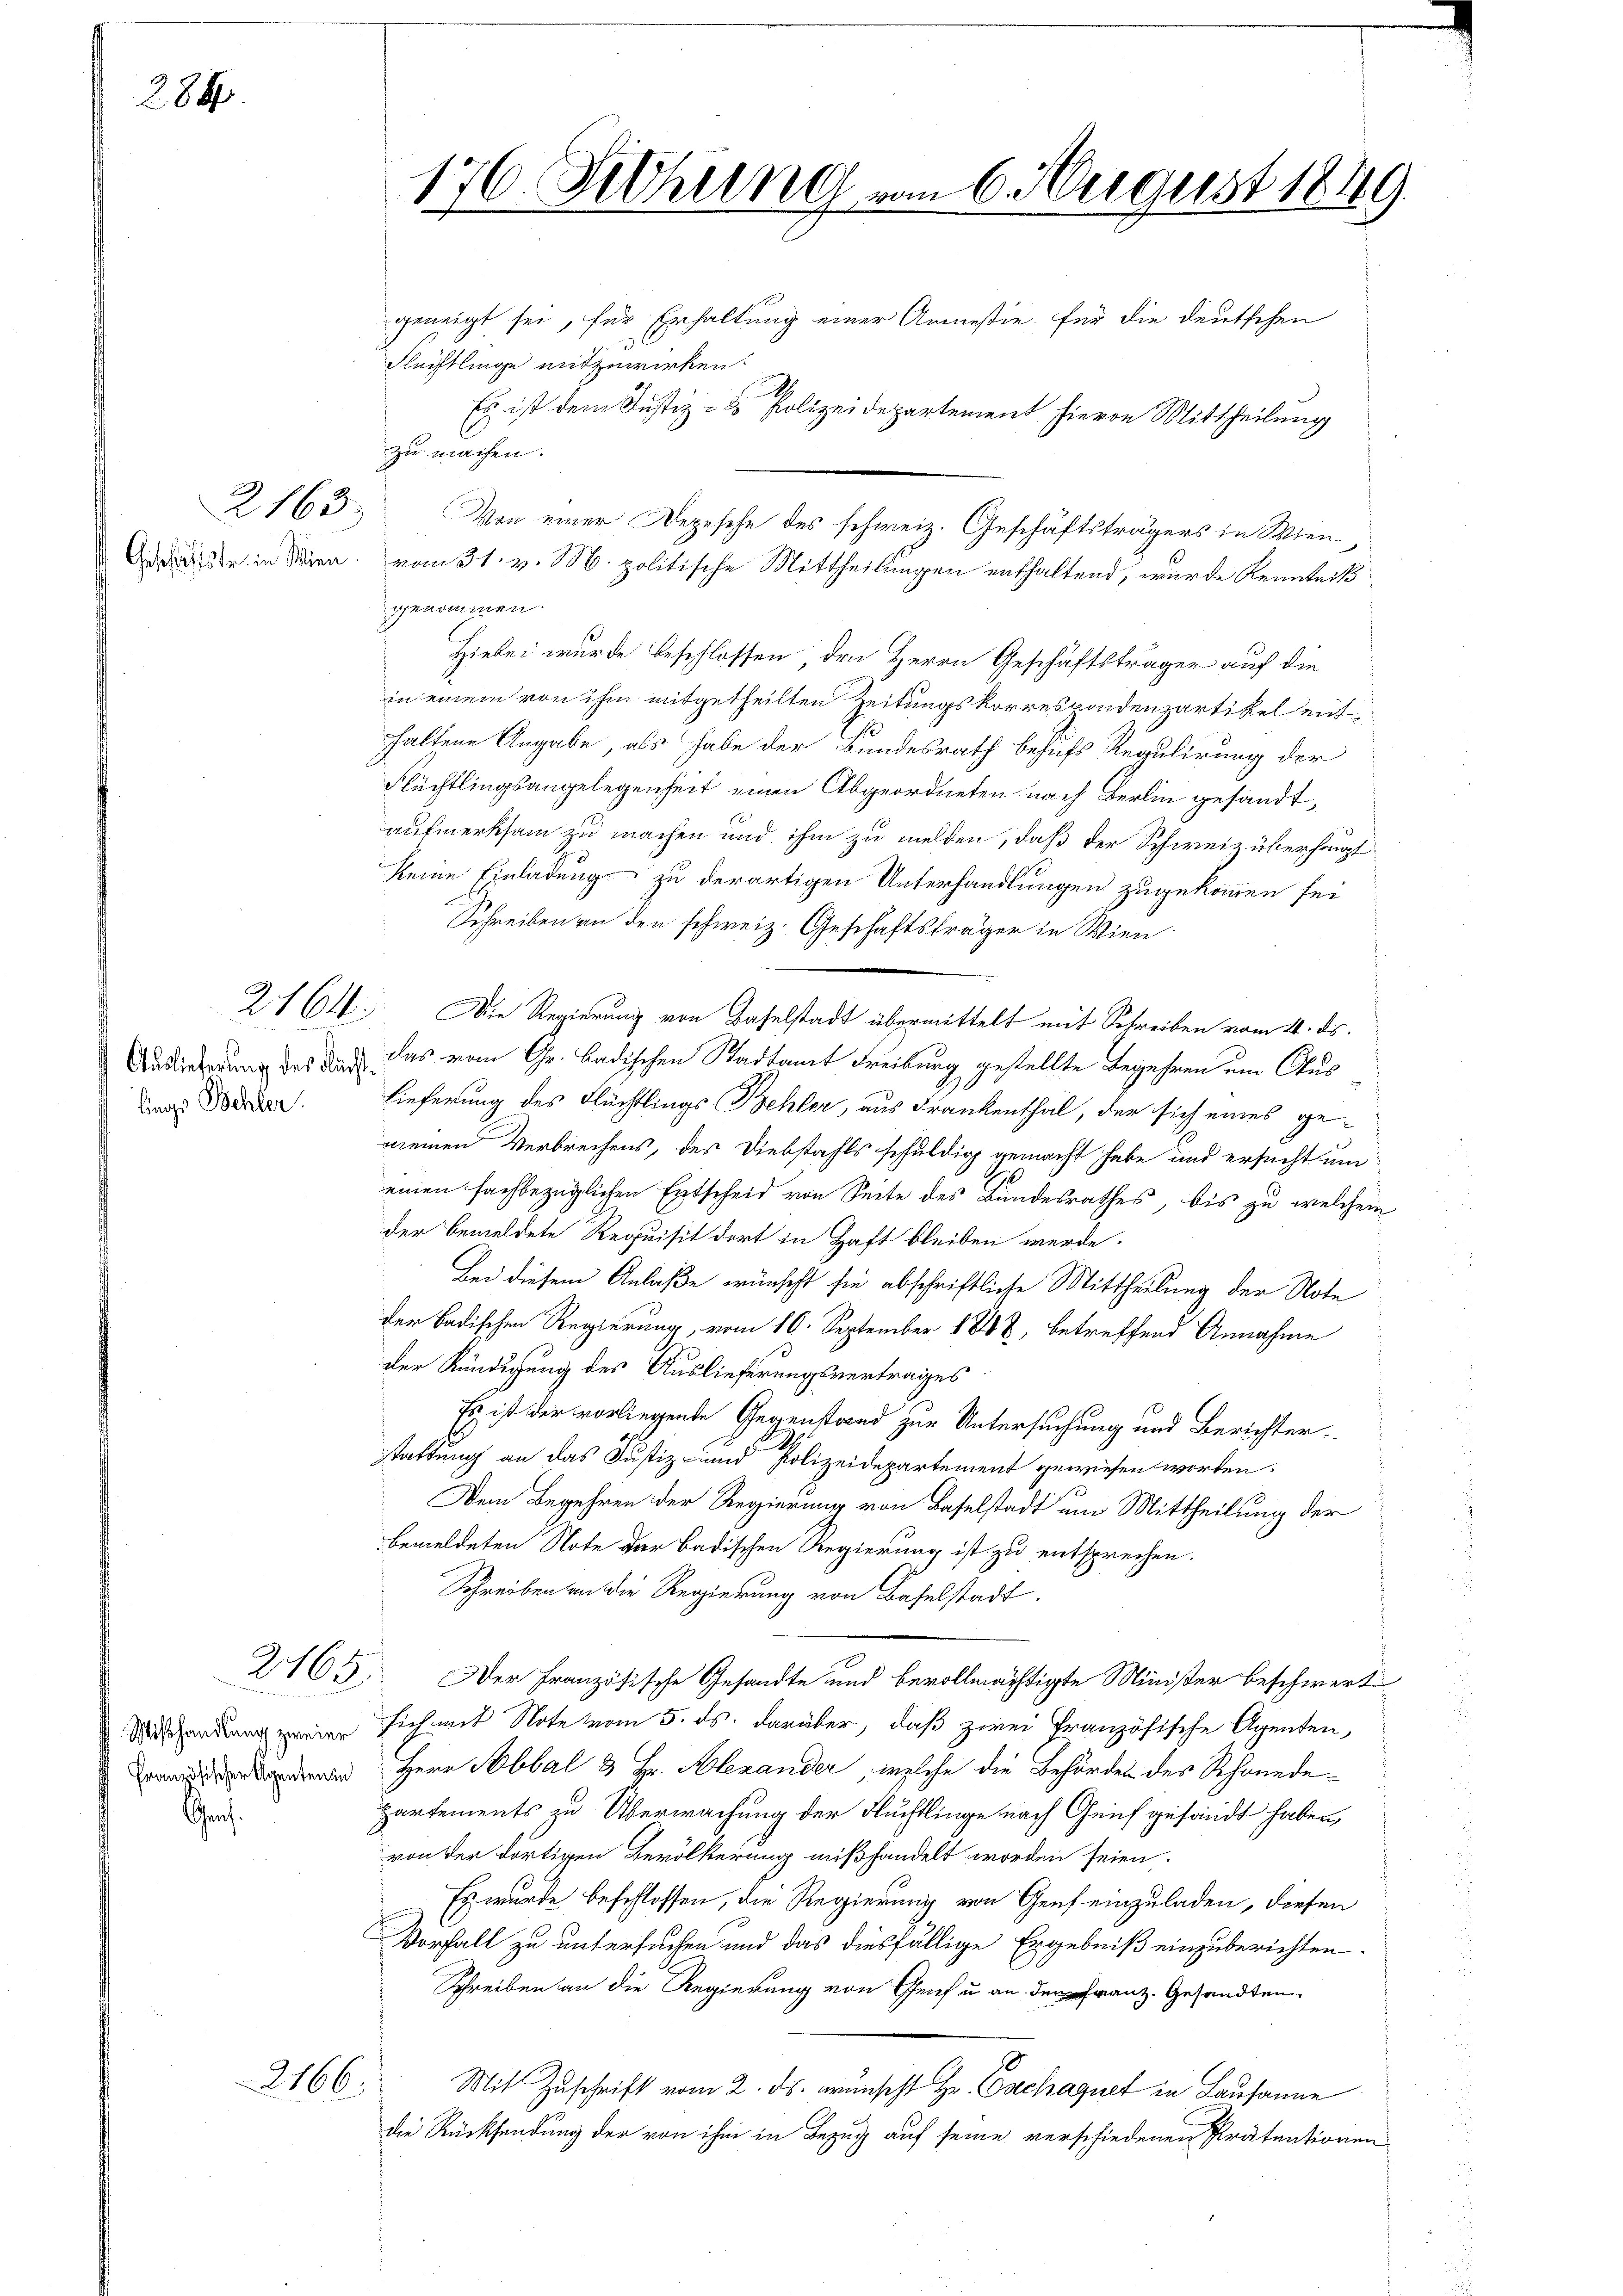
288.

lings Schler.

Graf.

2163

265

2166.

176. Sethung vom 6. August 1849.

geneigt sei, für Erhaltung einer Anmesie, für die deutschen
Flechtlinge mitzuwirken.
zu machen.
r in Seien vom 31. v. M. politische Mittheilungen enthaltend, wurde Kenntniß
ggenommen:
Hiebei wurde beschlossen, den Herrn Geschäftsträger auf die
in einem von ihm mitgetheilten Zeitungskorrespondenzartikeleit,
haltene Angabe, als habe der Bundesrath behufs Regulirung der
Flüchtlingsangelegenheit einen Abgeordneten nach Berlin gesandt,
aufmerksam zu machen und ihm zu melden, daß der Schweiz überhaupt
keine Einladung zu derartigen Unterhandlungen zugekommen sei
Schreiben an den schweiz. Geschäftsträger in Wien
2764. Die Regierung von Baselstadt übermittelt mit Schreiben vom 4. ds.
Audierung des der das vom Gr. Badischen Stadtamt Freiburg gestellte Begehren um Aus¬
Lieferung des Flüchtlings Behler, aus Frankenthal, der sich eines gemeinen Verbrechens, des Diebstahls schuldig gemacht habe und ersucht um
einen fachbezüglichen Entscheid von Seite des Bundesrathes, bis zu welchem
der bemeldete Requisit dort in Haft bleiben werde.
Bei diesem Anlaße wünscht sie abschriftliche Mittheilung der Note
der badischen Regierung, vom 10. September 1848, betreffend Annahme
der Kündigung des Auslieferungsvertrages
Es ist der vorliegende Gegenstand zur Untersuchung und Berichterstattung an das Justiz und Polizeidepartement gewiesen worden.
Dem Begehren der Regierung von Baselstadt um Mittheilung der
bemeldeten Note der Badischen Regierung ist zu entsprechen.
Schreiben an die Regierung von Baselstadt.
Der Französische Gesandte und bevollmächtigte Minister beschwert
Arsendung zweier sich mit Note vom 5. ds. darüber, daß zwei Französische Agenten,
 Herr Abbal & Hr. Alexander, welche die Behörden des Schönede
partements zu Überwachung der Fluchtlinge nach Geif gesandt haben
von der dortigen Bevölkerung mißhandelt worden seien.
Es wurde beschlossen, die Regierung von Genf einzuladen, diesen
Vorfall zu untersuchen und das diesfällige Ergebniß einzuberichten.
Schreiben an die Regierung von Genf u. an Franz. Gesandten
Mit Zuschrift vom 2. ds. wünscht Hr. Gachaquet in Lausanne
die Rücksendung der von ihm in Bezug auf seine verschiedenen Prätentionen

Es ist dem Justiz- & Polizeidepartement hievon Mittheilung

Von einer Depesche des schweiz. Geschäftsträgers in Wien,